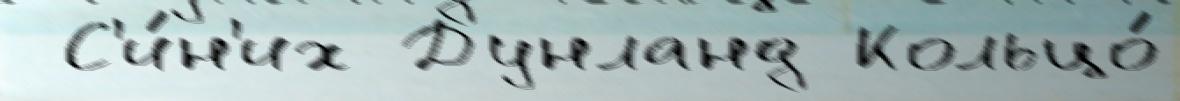
 С'и́н'их Дунланд Кольцо́